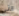
التي